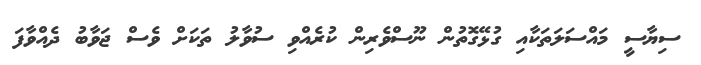
ސިޔާސީ މައްސަލަތަކާއި ގުޅޭގޮތުން ނޫސްވެރިން ކުރެއްވި ސުވާލު ތަކަށް ވެސް ޖަވާބު ދެއްވާފަ